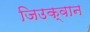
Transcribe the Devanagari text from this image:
जिउक्वान